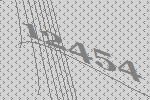
12454